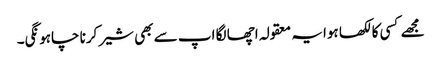
مجھے کسی کا لکھا ہوا یہ معقولہ اچھا لگا اپ سے بھی شیر کرنا چاہونگی۔